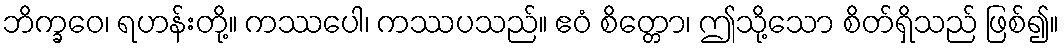
ဘိက္ခဝေ၊ ရဟန်းတို့။ ကဿပေါ၊ ကဿပသည်။ ဧဝံ စိတ္တော၊ ဤသို့သော စိတ်ရှိသည် ဖြစ်၍။